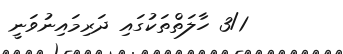
3/1 ހާލަތްތަކުގައި ދަރިމައިނުވަނީ